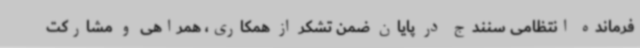
فرمانده انتظامی سنندج در پایان ضمن تشکر از همکاری، همراهی و مشارکت